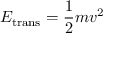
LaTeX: E _ { \mathrm { t r a n s } } = { \frac { 1 } { 2 } } m v ^ { 2 }